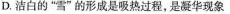
D.洁白的”雪”的形成是吸热过程，是凝华现象